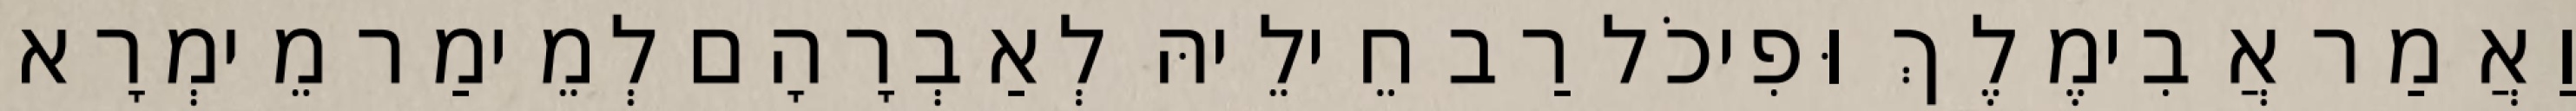
וַאֲמַר אֲבִימֶלֶךְ וּפִיכֹל רַב חֵילֵיהּ לְאַבְרָהָם לְמֵימַר מֵימְרָא